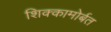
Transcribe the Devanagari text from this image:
शिक्कामोर्बत